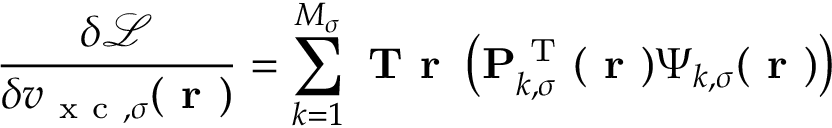
\frac { \delta \mathcal { L } } { \delta v _ { \mathrm { ~ x ~ c ~ } , \sigma } ( \boldsymbol { \textbf { r } } ) } = \sum _ { k = 1 } ^ { M _ { \sigma } } \textbf { T r } \left( \mathbf { P } _ { k , \sigma } ^ { \mathrm { ~ T ~ } } ( \boldsymbol { \textbf { r } } ) \boldsymbol { \Psi } _ { k , \sigma } ( \boldsymbol { \textbf { r } } ) \right)